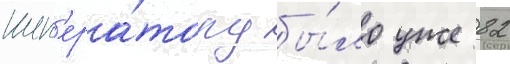
имп'ера́тору бы́ло уже 82